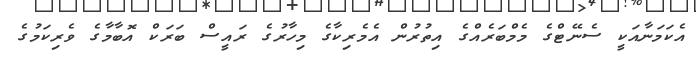
އެކަމަނާއަކީ ސެނޭޓްގެ މެމްބަރެއްގެ އިތުރުން އެމެރިކާގެ މިހާރުގެ ރައީސް ބަރަކް އޮބާމާގެ ވެރިކަމުގެ